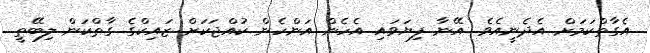
އެގާތްކަމަށް އެދެނީއެވެ. އޭނާ ފިޔަވައި އެހެން އަންހެން ކުއްޖަކަށް ޒައިކްގެ ގާތްކަން ލިބޭތީ